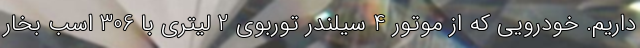
داریم. خودرویی که از موتور 4 سیلندر توربوی 2 لیتری با 306 اسب بخار